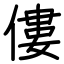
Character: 僂